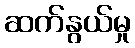
ဆက်နွယ်မှု